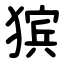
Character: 㺍